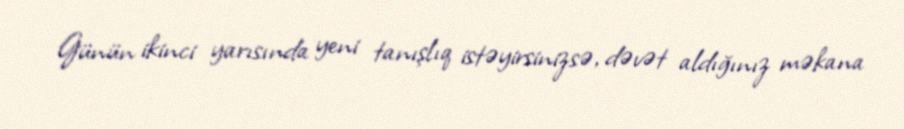
Günün ikinci yarısında yeni tanışlıq istəyirsinizsə, dəvət aldığınız məkana